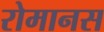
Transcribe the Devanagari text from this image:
रोमानस